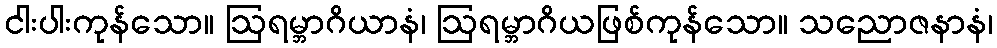
ငါးပါးကုန်သော။ ဩရမ္ဘာဂိယာနံ၊ ဩရမ္ဘာဂိယဖြစ်ကုန်သော။ သညောဇနာနံ၊